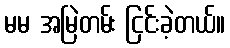
မမ အမြဲတမ်း ငြင်းခဲ့တယ်။